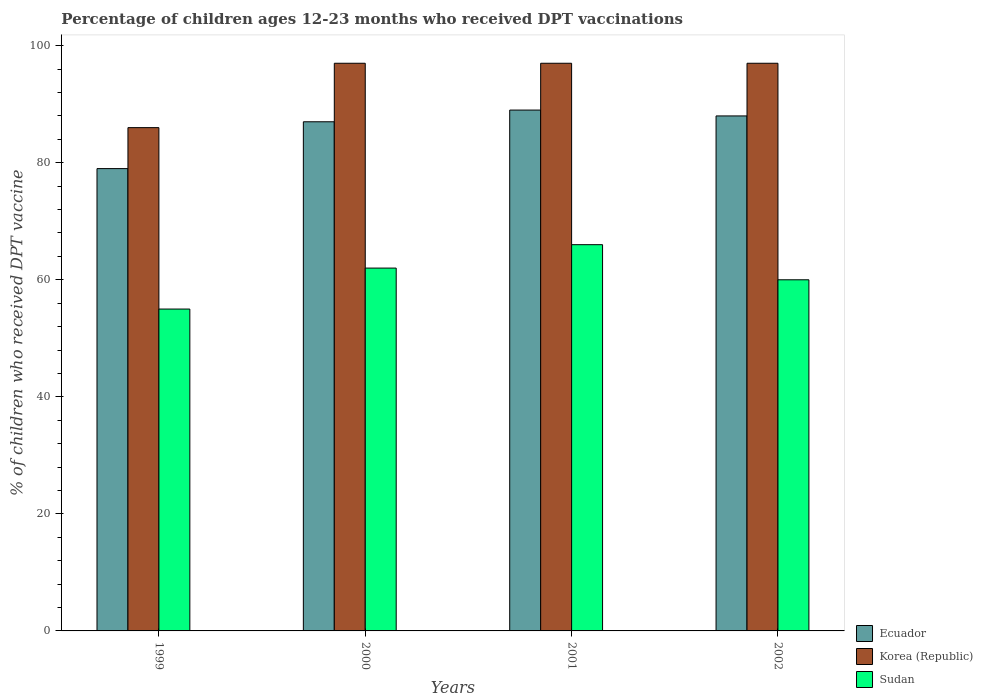
| Years | Ecuador | Korea (Republic) | Sudan |
 | --- | --- | --- | --- |
 | 1999 | 79 | 86 | 55 |
 | 2000 | 87 | 97 | 62 |
 | 2001 | 89 | 97 | 66 |
 | 2002 | 88 | 97 | 60 |